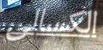
الكسالى